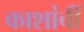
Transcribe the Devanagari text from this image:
काशांचीं